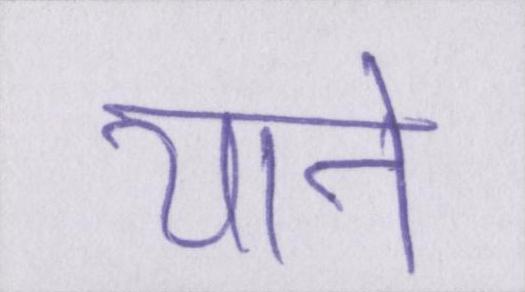
याने